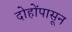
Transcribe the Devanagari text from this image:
दोहोंपासून